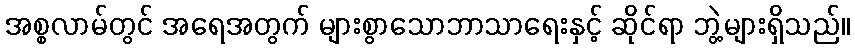
အစ္စလာမ်တွင် အရေအတွက် များစွာသောဘာသာရေးနှင့် ဆိုင်ရာ ဘွဲ့များရှိသည်။